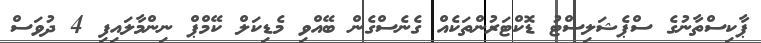
ޕާކިސްތާނުގެ ސްޕެޝަލިސްޓު ޑޮކްޓަރުންތަކެއް ގެނެސްގެން ބޭއްވި މެޑިކަލް ކޭމްޕް ނިންމާލައިފި 4 ދުވަސް